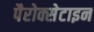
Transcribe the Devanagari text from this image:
पैरोक्सेटाइन